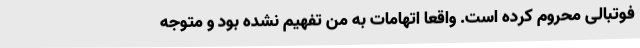
فوتبالی محروم کرده است. واقعا اتهامات به من تفهیم نشده بود و متوجه